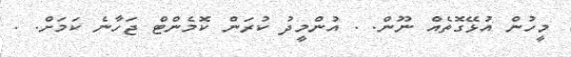
މީހުން އުޅޭގޮތެއް ނޫން. . އުންމީދު ކުރަން ކޮމެންޓް ޖަހާނެ ކަމަށް. .